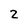
Character: 2